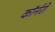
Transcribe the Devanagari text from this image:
कॉर्नरो